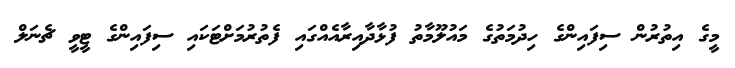
މީގެ އިތުރުން ސިފައިންގެ ހިދުމަތުގެ މައުލޫމާތު ފުޅާދާއިރާއެއްގައި ފެތުރުމަށްޓަކައި ސިފައިންގެ ޓީވީ ޗެނަލް